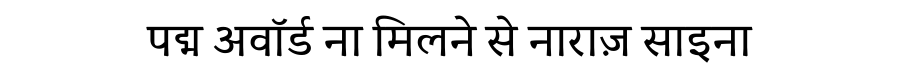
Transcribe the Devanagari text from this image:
पद्म अवॉर्ड ना मिलने से नाराज़ साइना